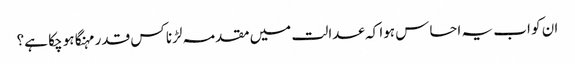
ان کو اب یہ احساس ہوا کہ عدالت میں مقدمہ لڑنا کس قدر مہنگا ہو چکا ہے؟